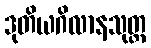
ဒုတိယဂိလာနသုတ္တ